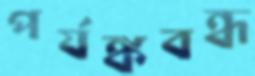
পর্যঙ্কবন্ধ